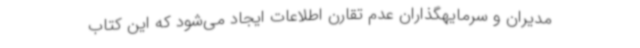
مدیران و سرمایهگذاران عدم تقارن اطلاعات ایجاد می‌شود که این کتاب